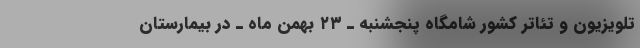
تلویزیون‌ و تئاتر کشور شامگاه پنجشنبه ـ ۲۳ بهمن ماه ـ در بیمارستان